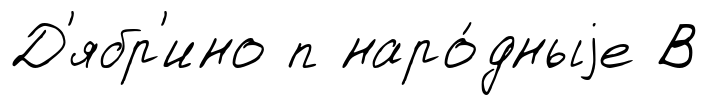
Д'ябр'ино п наро́дныjе В